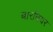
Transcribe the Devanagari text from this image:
बारबियर